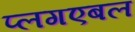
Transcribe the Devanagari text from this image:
प्लगएबल